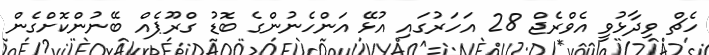
ހެޗް ވިދާޅުވީ އެވްރެޖް 28 އަހަރުގައި އުޅޭ އަންހެނުންގެ ބޮޑު ގްރޫޕެއް ބޭނުންކޮށްގެން